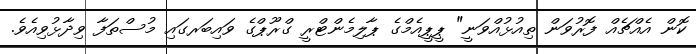
ކޮން އެއްޗެއް ފޮރުވަން ތިއުޅުއްވަނީ" ޕީޕީއެމްގެ ޕާލިމެންޓްރީ ގްރޫޕްގެ ވައިބަރގައި މުސްތަފާ ވިދާޅުވިއެވެ.